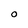
Character: O